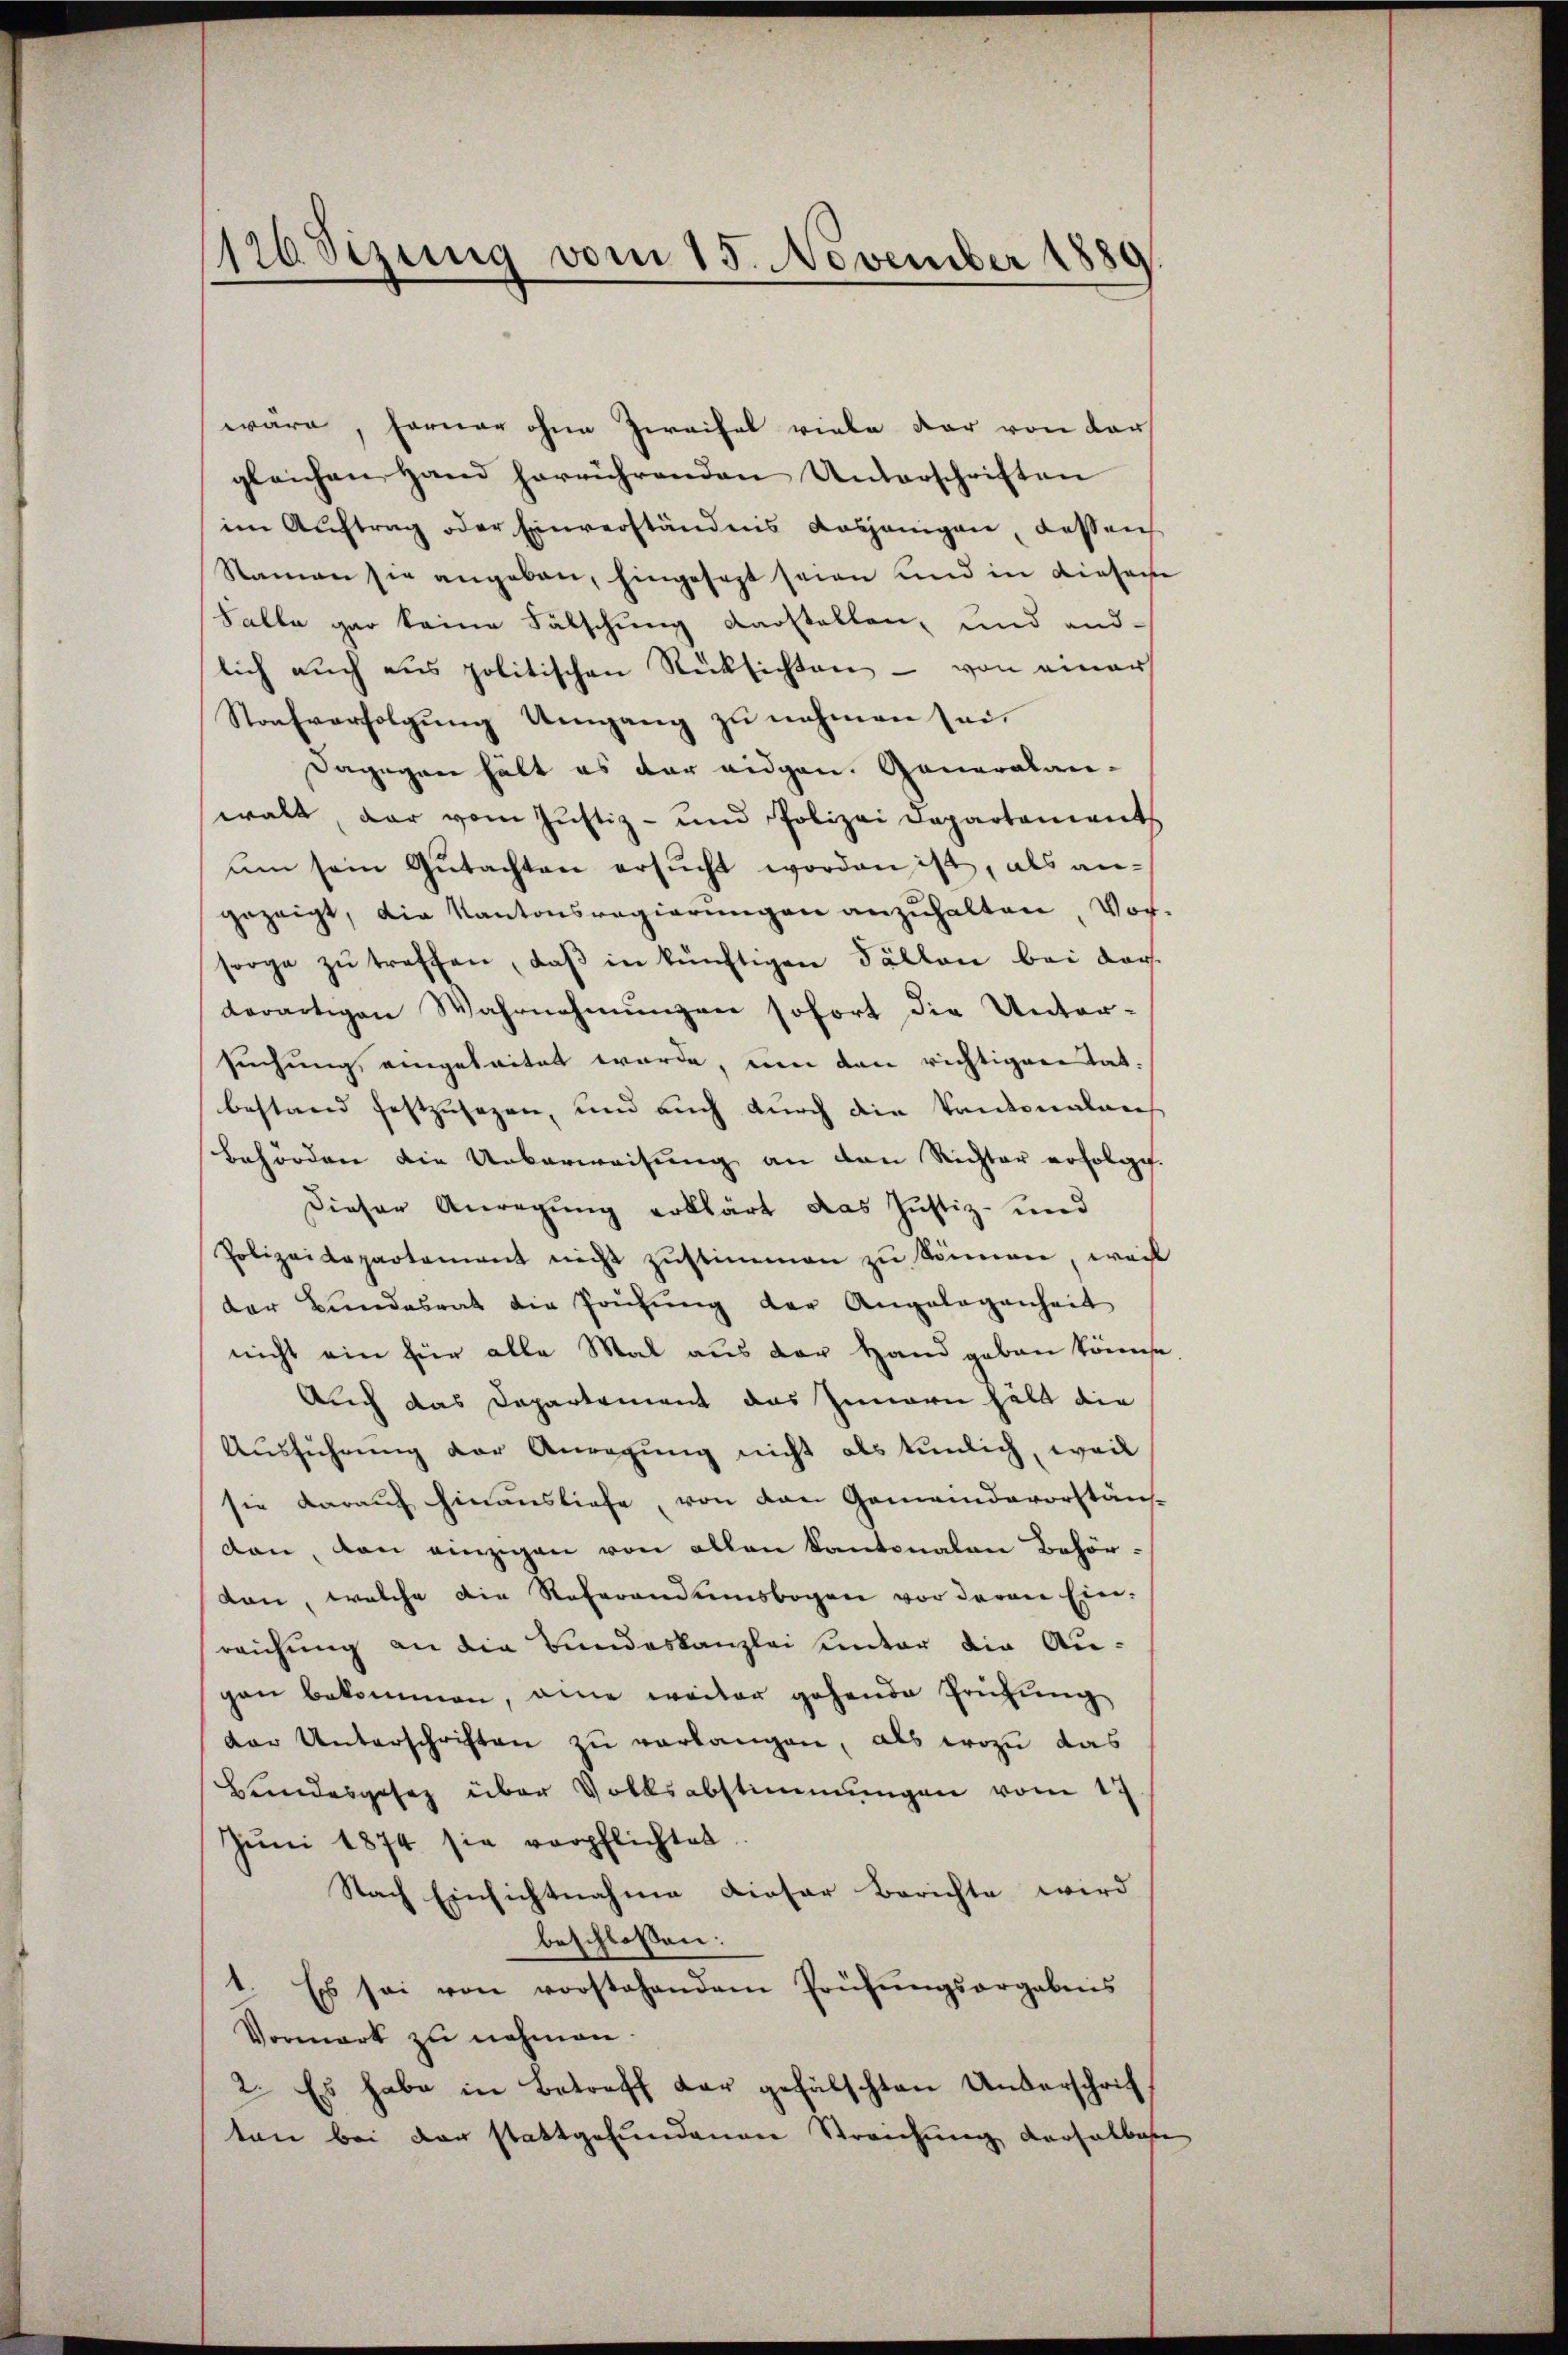
126 Sizung vom 15. November 1889

wäre, ferner ohne Zweifel viele der von der
gleichen Hand herrührenden Unterschriften
im Auftrag oder Einverständnis dasjenigen, dessen
Namen sie angeben, hingesezt seien und in diesene
Falle gar keine Fälschung darstellen, und and
lich auch aus politischen Rücksichten - von einer
Strafverfolgung Umgang zu nehmen sei.
Dagegen hält es der eidgen. Generalan-
walt, dar vom Justiz- und Polizei Departement
um sein Gŭtachten ersŭcht worden ist, als an-
gezeigt, die Kantonsregierungen anzuhalten Vor-
sorge zŭ treffen, daβ in künftigen Fällen bei dar
derartigen Wahrnehmungen sofort die Unter-
suchung eingeleitet werde, um den richtigen Tat.
bestand festzusagen, und auch durch die Kantonalans
behörden die Ueberweisung an den Richter erfolge.
Dieser Anregung erklärt das Justiz- und
Polizeidepartement nicht zŭstimmen zu können, weil
der Bundesrat die Prüfŭng der Angelegenheit
nicht ein für alle Mal aus der Hand geben könnte
Auch das Departement das Innern hält die
Ausführung der Anregung nicht als tunlich, weil
sie darauf hinausliefe, von den Gemeindevorstän-
den, den einzigen von allen Kantonalen Behördon, welche die Referandumsbogen vor deren Ein-
reichung an die Bundeskanzlei unter die Augan bekommen, eine weiter gehende Prüfung
der Unterschriften zu verlangen, als wozu das
Bandesgesez über Volksabstimmungen vom 17
Juni 1874 sie verpflichtet.
Nach Einsichtnahme dieser Berichte wird
beschlossen:
1. Es sei von vorstehendem Prüfŭngsorgebnis
Vormerk zu nehmen.
2. Es habe in Betreff der gefälschten Unterschrif
ton bei der stattgefundenen Streichung verhalbahre

g